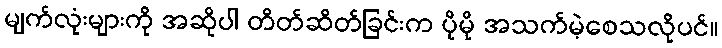
မျက်လုံးများကို အဆိုပါ တိတ်ဆိတ်ခြင်းက ပိုမို အသက်မဲ့စေသလိုပင်။